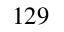
^ { 1 2 9 }